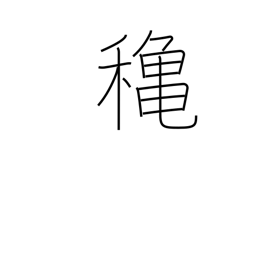
Meaning: autumn